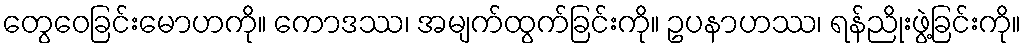
တွေဝေခြင်းမောဟကို။ ကောဒဿ၊ အမျက်ထွက်ခြင်းကို။ ဥပနာဟဿ၊ ရန်ညိုးဖွဲ့ခြင်းကို။